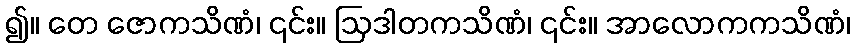
၍။ တေ ဇောကသိဏံ၊ ၎င်း။ ဩဒါတကသိဏံ၊ ၎င်း။ အာလောကကသိဏံ၊